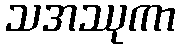
သအဿုကာ